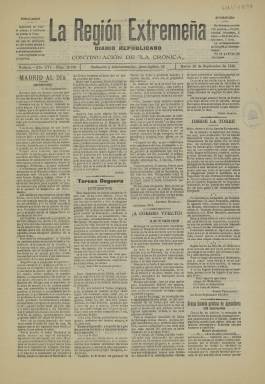
Título: La Región extremeña (Badajoz)
Colección: Periódicos
Ámbito geográfico: Badajoz
Lugar de publicación: Badajoz
Fechas: 20/09/1910-20/09/1910